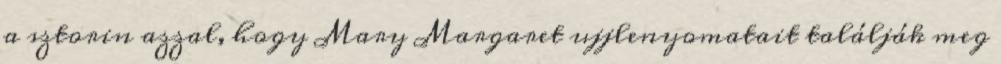
a sztorin azzal, hogy Mary Margaret ujjlenyomatait találják meg